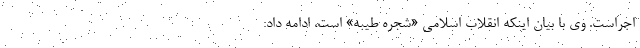
اجراست. وی با بیان اینکه انقلاب اسلامی «شجره طیبه» است، ادامه داد: